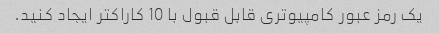
یک رمز عبور کامپیوتری قابل قبول با 10 کاراکتر ایجاد کنید.